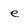
Character: e